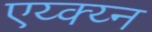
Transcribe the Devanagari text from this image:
एय्क्य्न